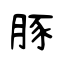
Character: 豚